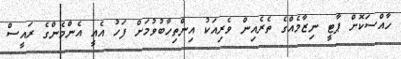
ހާއްސަކޮށް ޕާޓީ ނިޒާމެއްގެ ތެރެއިން ވެރިއަކު އިންތިހާބުވުމަށް ފަހު އެއީ އެންމެންގެ ރައީސް